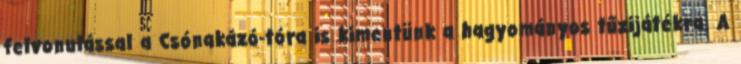
felvonulással a Csónakázó-tóra is kimentünk a hagyományos tűzijátékra. A